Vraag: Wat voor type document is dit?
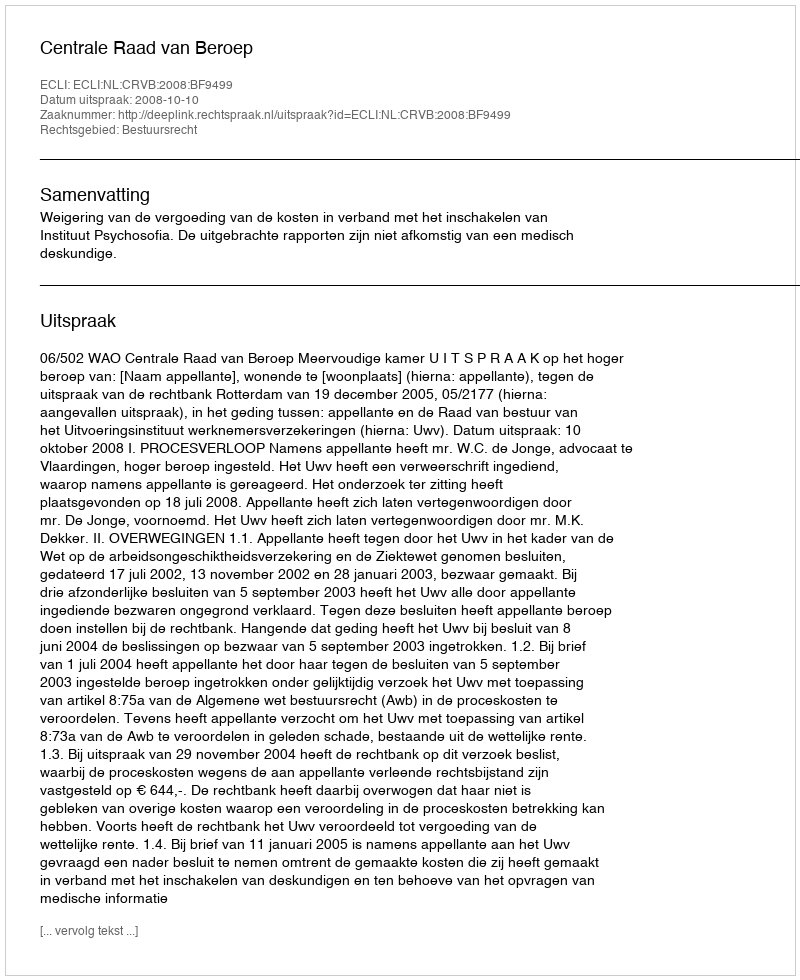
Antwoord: Uitspraak